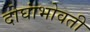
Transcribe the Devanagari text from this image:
दोघांभोवती